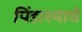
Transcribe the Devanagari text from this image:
पिंडाश्माचे